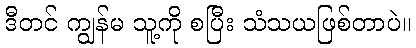
ဒီတင် ကျွန်မ သူ့ကို စပြီး သံသယဖြစ်တာပဲ။